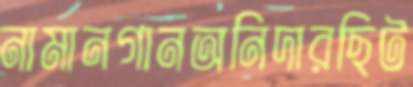
নামানগানঅনিদারছিট